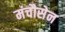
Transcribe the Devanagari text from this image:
मंचौसेन